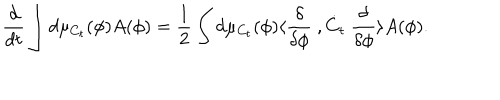
\frac { d } { d t } \int d \mu _ { C _ { t } } ( \phi ) A ( \phi ) = \frac { 1 } { 2 } \int d \mu _ { C _ { t } } ( \phi ) \langle \frac { \delta } { \delta \phi } \ , \dot { C } _ { t } \ \frac { \delta } { \delta \phi } \rangle A ( \phi ) .